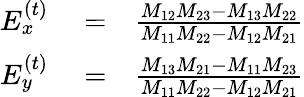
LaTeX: \begin{array}{rlr}{E_{x}^{\left(t\right)}}&{{}=}&{\frac{M_{12}M_{23}-M_{13}M_{22}}{M_{11}M_{22}-M_{12}M_{21}}}\\ {E_{y}^{\left(t\right)}}&{{}=}&{\frac{M_{13}M_{21}-M_{11}M_{23}}{M_{11}M_{22}-M_{12}M_{21}}}\end{array}